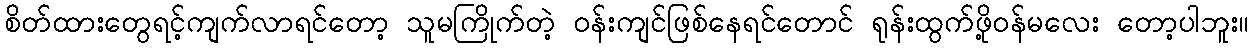
စိတ်ထားတွေရင့်ကျက်လာရင်တော့ သူမကြိုက်တဲ့ ဝန်းကျင်ဖြစ်နေရင်တောင် ရုန်းထွက်ဖို့ဝန်မလေး တော့ပါဘူး။